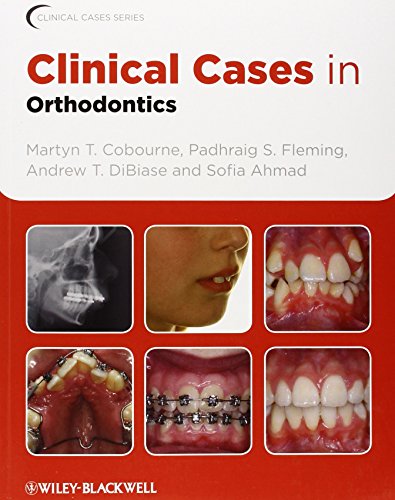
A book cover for Clinical Cases in Orthodontics; Martyn T. Cobourne; Medical Books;